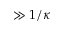
\gg 1 / \kappa